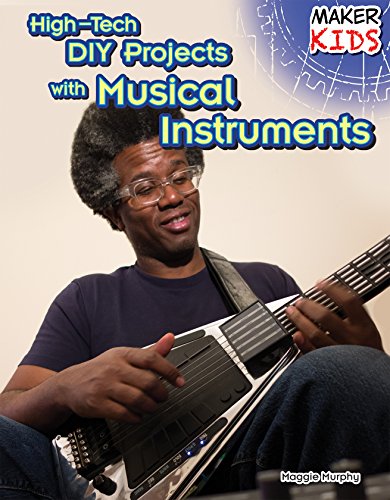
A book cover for High-Tech DIY Projects With Musical Instruments (Maker Kids); Maggie Murphy; Children's Books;